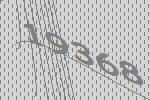
19368